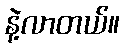
နဲ့လာတယ်။